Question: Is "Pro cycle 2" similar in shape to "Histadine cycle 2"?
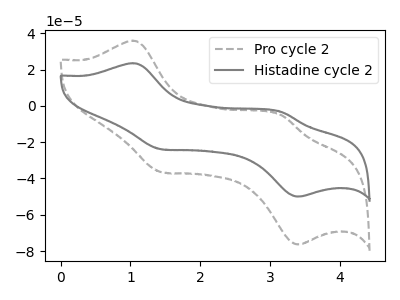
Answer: <think>The gray dashed curve "Pro cycle 2" has anodic peaks at (1.05V, 35.95uA) (3.15V, -5.05uA) and cathodic peaks at (1.45V, -36.45uA) (3.40V, -76.40uA). The gray curve "Histadine cycle 2" has anodic peaks at (1.05V, 23.50uA) (3.15V, -3.30uA) and cathodic peaks at (1.45V, -23.85uA) (3.40V, -50.00uA).
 All the peaks in "Pro cycle 2" have a peak in "Histadine cycle 2" at the same potential.</think>
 <answer>"Pro cycle 2" and "Histadine cycle 2" are similar in shape.</answer>
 <eval>same_shape</eval>